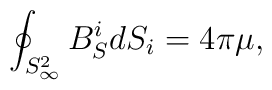
\oint _{S^2_{\infty}} B^i_S dS_i = 4 \pi \mu,